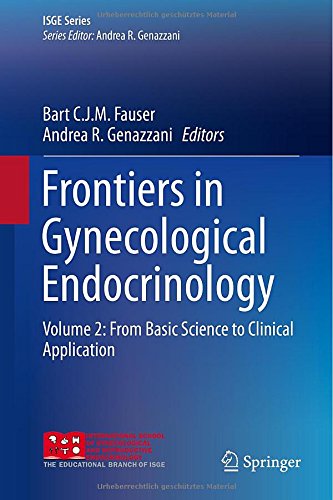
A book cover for Frontiers in Gynecological Endocrinology: Volume 2: From Basic Science to Clinical Application (ISGE Series); Health, Fitness & Dieting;